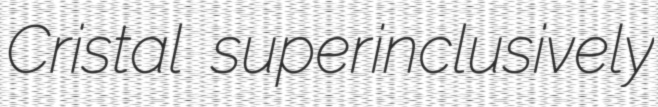
Cristal superinclusively